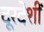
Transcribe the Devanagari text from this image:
दूरदेशीं